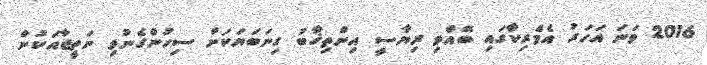
2016 ވަނަ އަހަރު އެމެރިކާގައި ބޭއްވި ރިޔާސީ އިންތިޚާބު ގިނަބަޔަކަށް ސިހުންގެނުވި ނަތީޖާއަކުން